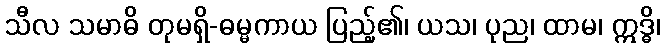
သီလ သမာဓိ တုမရှိ-ဓမ္မကာယ ပြည့်၏၊ ယသ၊ ပုည၊ ထာမ၊ ဣဒ္ဓိ၊